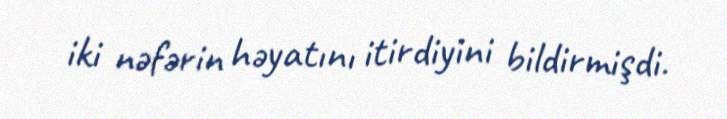
iki nəfərin həyatını itirdiyini bildirmişdi.